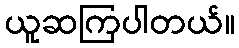
ယူဆကြပါတယ်။